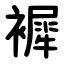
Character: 䙙